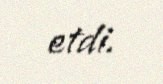
etdi.